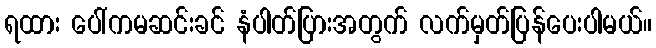
ရထား ပေါ်ကမဆင်းခင် နံပါတ်ပြားအတွက် လက်မှတ်ပြန်ပေးပါမယ်။